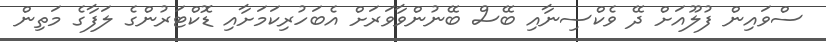
ސްވައިން ފުލޫއަށް ދޭ ވެކްސިނާއި ބޭސް ބޭނުންވާވަރަށް އެބަހުރިކަމަށާއި ޑޮކްޓަރުންގެ ލަފާގެ މަތިން